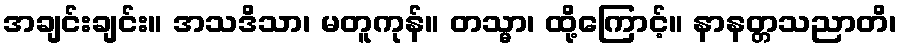
အချင်းချင်း။ အသဒိသာ၊ မတူကုန်။ တသ္မာ၊ ထို့ကြောင့်။ နာနတ္တသညာတိ၊